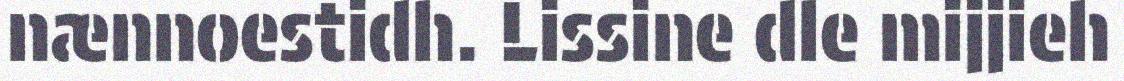
nænnoestidh. Lissine dle mijjieh